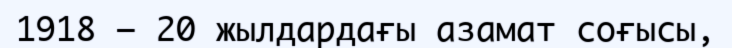
1918 – 20 жылдардағы азамат соғысы,